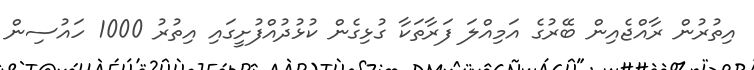
އިތުރުން ރާއްޖެއިން ބޭރުގެ އަމިއްލަ ފަރާތަކާ ގުޅިގެން ކުޅުދުއްފުށީގައި އިތުރު 1000 ހައުސިން